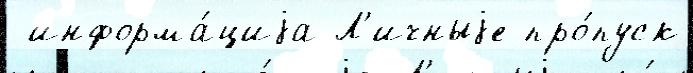
 информа́циjа Л'ичныjе про́пуск